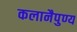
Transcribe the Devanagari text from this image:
कलानैपुण्य